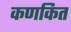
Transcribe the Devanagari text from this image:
कणकित